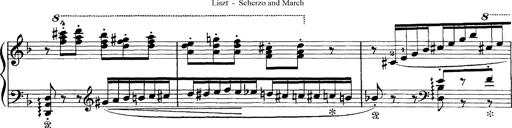
Title: Scherzo und Marsch
Composer: Franz Liszt